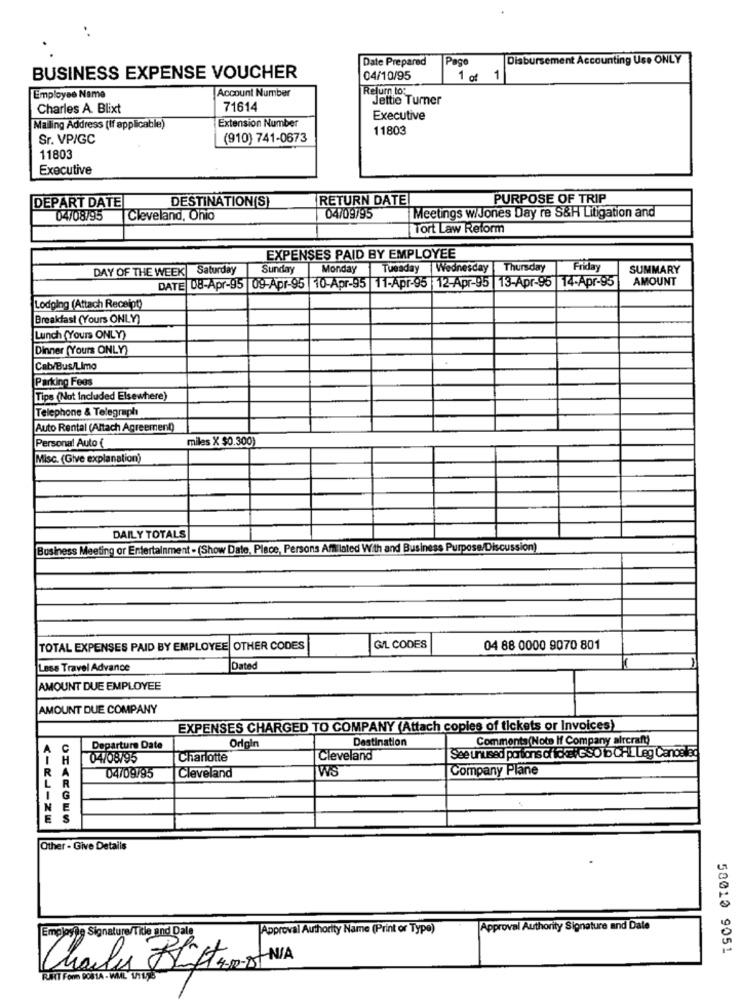
Date Prepared
Pago
Disbursement Accounting Use ONLY
BUSINESS EXPENSE VOUCHER
04/10/95
1 of 1
Account Number
Return to:
Employee Name
Jettie Turner
Charles A. Blixt
71614
Extension Number
Executive
Mailing Address (If applicable)
11803
Sr. VP/GC
(910) 741-0673
11803
Executive
RETURN DATE
PURPOSE OF TRIP
DEPART DATE
DESTINATION(S)
04/08/95
Cleveland, Ohio
04/09/95
Meetings wiJones Day re S&H Litigation and
Tort Law Reform
EXPENSES PAID BY EMPLOYEE
DAY OF THE WEEK Saturday
Sunday
Monday
Tuesday |Wednesday
Thursday
Friday
SUMMARY
13-Apr-95 |14-Apr-95
AMOUNT
DATE 08-Apr-95 |09-Apr-95 |10-Apr-95 |11-Apr-95 |12-Apr-95
Lodging (Attach Receipt)
Breakfast (Yours ONLY)
Lunch (Yours ONLY)
Dinner (Yours ONLY)
Cab/Bus/Limo
Parking Fees
Tips (Not Included Elsewhere)
Telephone & Telegraph
Auto Rental (Altach Agreement)
Personal Auto (
miles X $0.300)
Misc. (Give explanation)
DAILY TOTALS
Business Meeting or Entertainment - (Show Date, Place, Persons Amilated With and Business Purpose/Discussion)
TOTAL EXPENSES PAID BY EMPLOYEE OTHER CODES
G/L CODES
04 88 0000 9070 801
Less Travel Advance
Dated
AMOUNT DUE EMPLOYEE
AMOUNT DUE COMPANY
EXPENSES CHARGED TO COMPANY (Attach copies of tickets or Invoices)
Destination
Comments(Note If Company aircraft)
A
C
Departure Date
Orgin
See unused portions chicksi GSO b CHL Leg Canoslag
1
H
04/08795
Charlotte
Cleveland
R
A
04/09/95
Cleveland
WS
Company Plane
L R
IG
NE
ES
Other - Give Details
Employile Signature/Title and Dale
Approval Authority Name (Print or Type)
Approval Authority Signature and Date
50010 9051
Charles Bliters NA
RUNT Form POBLA - WILL VIL